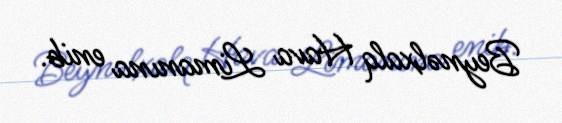
Beynəlxalq Hava Limanına enib.